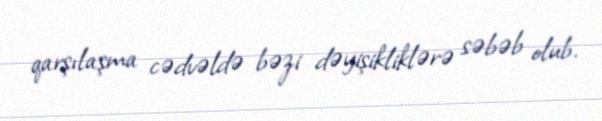
qarşılaşma cədvəldə bəzi dəyişikliklərə səbəb olub.